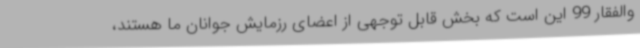
والفقار 99 این است که بخش قابل توجهی از اعضای رزمایش جوانان ما هستند،